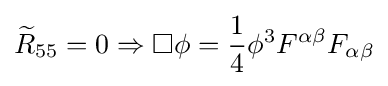
{\widetilde {R}}_{55}=0\Rightarrow \Box \phi ={\frac {1}{4}}\phi ^{3}F^{\alpha \beta }F_{\alpha \beta }